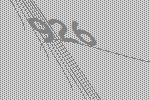
926